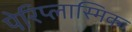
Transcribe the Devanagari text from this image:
पेरिप्लास्मिक